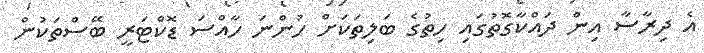
އެ ދިރާސާ އިން ދައްކާގޮތުގައި ހިތުގެ ބަލިތަކަށް ހުންނަ ހާއްސަ ޑޮކްޓަރީ ބޭސްތަކުން